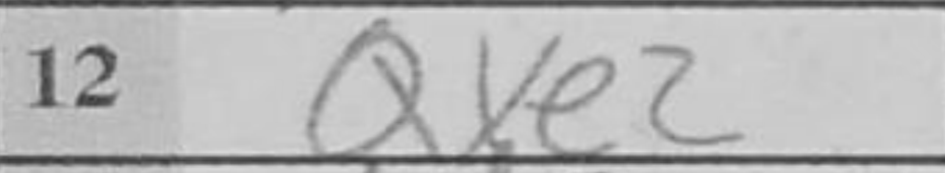
Transcription: Qxe2